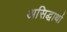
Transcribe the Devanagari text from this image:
असिद्धार्था